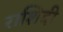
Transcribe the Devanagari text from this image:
राशिदी